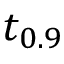
t _ { 0 . 9 }